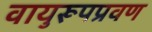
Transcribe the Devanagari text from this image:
वायुरूपप्रवण